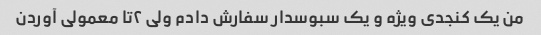
من یک کنجدی ویژه و یک سبوسدار سفارش دادم ولی ۲تا معمولی آوردن